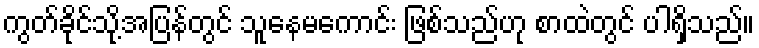
ကွတ်ခိုင်သို့အပြန်တွင် သူနေမကောင်း ဖြစ်သည်ဟု စာထဲတွင် ပါရှိသည်။